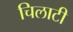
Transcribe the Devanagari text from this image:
चिलाटी